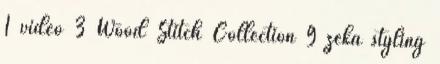
1 videó 3 Wood Stitch Collection 9 zeka styling